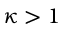
\kappa > 1